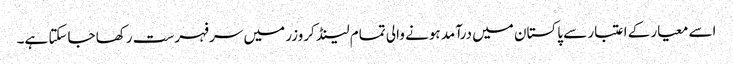
اسے معیار کے اعتبار سے پاکستان میں درآمد ہونے والی تمام لینڈ کروزر میں سرفہرست رکھا جاسکتا ہے۔